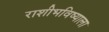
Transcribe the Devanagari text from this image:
राशीभविष्याला